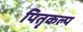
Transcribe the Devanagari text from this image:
पितृकल्प